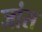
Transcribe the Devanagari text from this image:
जांस